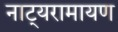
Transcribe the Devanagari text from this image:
नाट्यरामायण